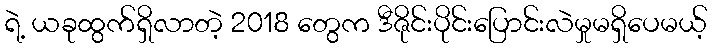
ရဲ့ ယခုထွက်ရှိလာတဲ့ 2018 တွေက ဒီဇိုင်းပိုင်းပြောင်းလဲမှုမရှိပေမယ့်